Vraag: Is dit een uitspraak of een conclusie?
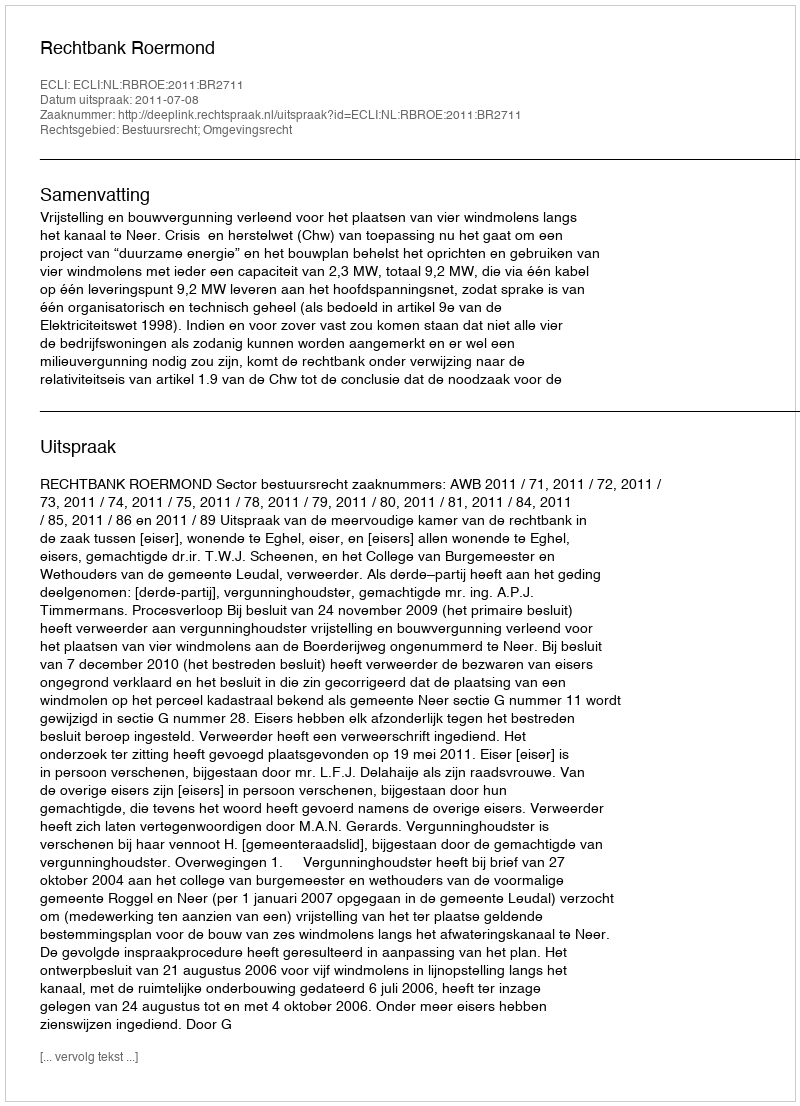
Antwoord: Uitspraak